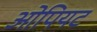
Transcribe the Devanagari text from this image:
ओपियट